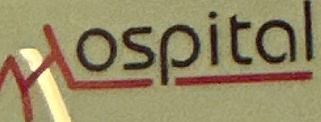
Hospital